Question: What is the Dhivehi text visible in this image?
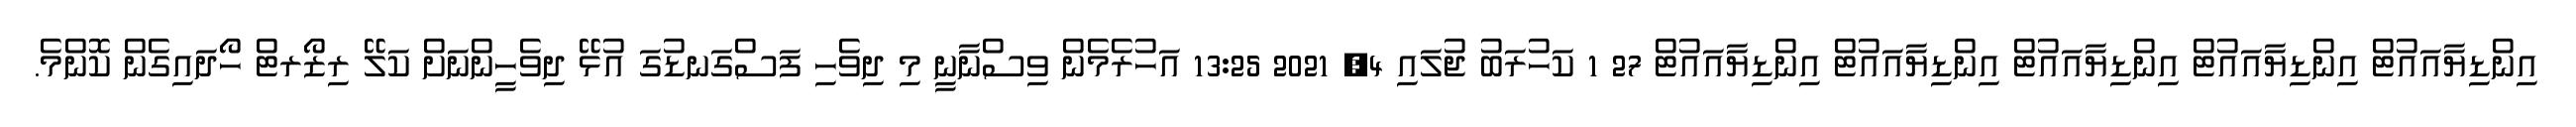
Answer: އިންޑިޔާއައުޓް އިންޑިޔާއައުޓް އިންޑިޔާއައުޓް އިންޑިޔާއައުޓް އިންޑިޔާއައުޓް 27 1 ކަހުރަބު ޖުލައި 4, 2021 13:25 އަހުރެމެން ވިސްނާނީ މި ދިވެހި ފަސްގަނޑުގަ އުޅޭ ދިވެހީންނަށް ކަލޭ ރިޒޯރޓް ހޯދައިގެން ކޮންމެ.